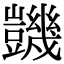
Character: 𧰙